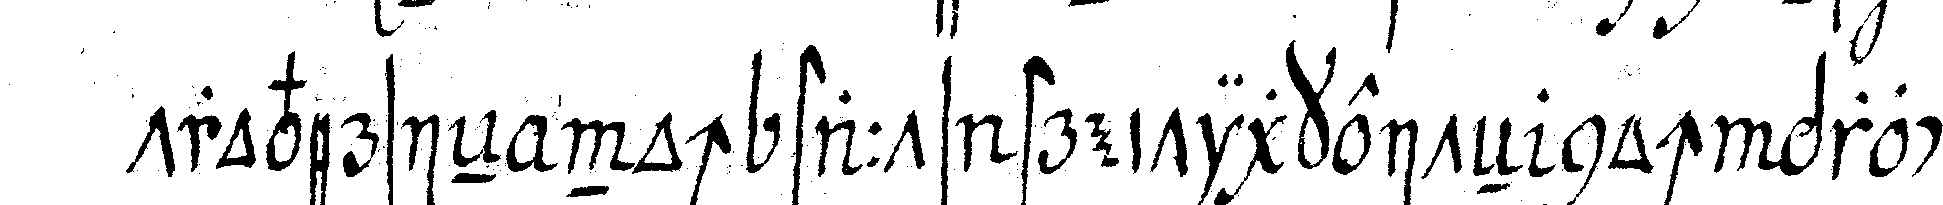
troversieN noch staats streitigkeiteN noch process